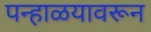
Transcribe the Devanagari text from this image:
पन्हाळयावरून